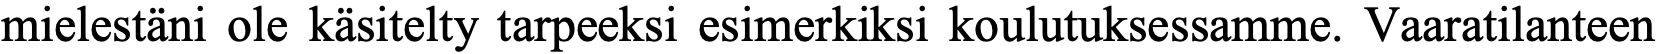
mielestäni ole käsitelty tarpeeksi esimerkiksi koulutuksessamme. Vaaratilanteen